system: You are a helpful assistant.
user:
Analyze the provided spectrum to determine if it is a **Carbon Star (C-type)**.

- **Key Visual Indicators of Carbon Star:**
    - **(Primary):** Strong molecular absorption from **C₂ (diatomic carbon) "Swan Bands."** This is the **defining feature** of a carbon star.
        - **(Key Bandheads):** Sharp absorption edges are visible at approximately $5635$ Å, $5165$ Å (the strongest band), and $4737$ Å.
        - **(Line Profile):** Creates a distinct **"saw-tooth"** pattern. The key morphology is a sharp, steep bandhead on the **red (long-wavelength) side**, which then gradually tapers off (i.e., flux recovers) towards the **blue (short-wavelength) side**. *(This is the direct opposite of the TiO bands seen in M-type stars)*.

    - **(Secondary):** Intense **CN (cyanogen)** molecular absorption bands.
        - **(Key Bandheads):** Located in the blue and violet regions of the spectrum (e.g., near $4215$ Å and $3883$ Å).
        - **(Morphology):** These bands are extremely broad and act as a "blanket," absorbing the vast majority of blue and violet light. This creates a characteristic **"cliff"** or **"steep drop-off"** in the spectrum's flux at short wavelengths.

    - **(Key Confirmation):** Strong **CH absorption band (G-band)**.
        - **(Key Bandhead):** Located around $4300$ Å. The contribution from CH molecules to this band is exceptionally strong.

    - **(Overall Spectrum):**
        - The continuum is severely "chopped up" by these deep molecular bands, especially C₂, rather than appearing as a smooth curve.
        - Due to the heavy CN and C₂ absorption in the blue-green, the vast majority of the star's flux is concentrated in the red part of the spectrum, giving the star its characteristic deep red color.

Think first, call **spectral_visualization_tool** if needed to examine features in detail, then provide your final answer. Your response must adhere to the following strict rules:
1.  **Overall Structure:** Your response must follow the format `<think>...</think> <tool_call>...</tool_call> (if a tool is used) <answer>...</answer>`.
2.  **Tool Usage Constraint:** You may only make **one** tool call per turn.
3.  **Final Answer Format:** In the `<answer>` tag, your conclusion must be inside a `\boxed{}` command (e.g., `\boxed{YES}`), followed by your justification.

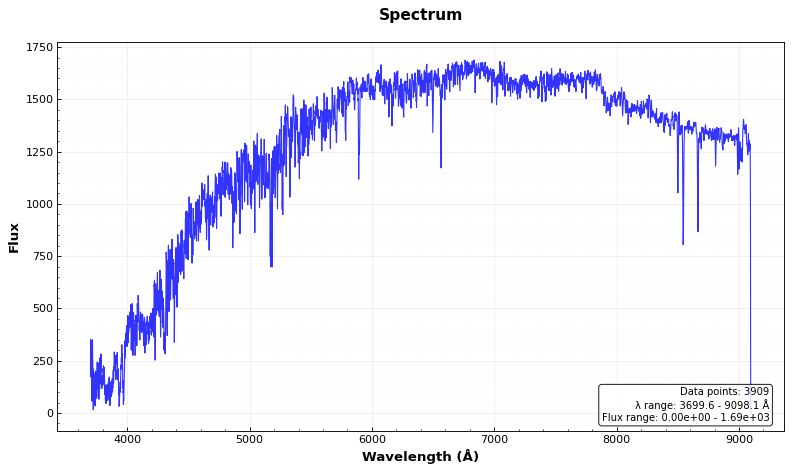
Answer: NO